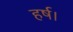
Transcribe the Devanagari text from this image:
हर्ष।